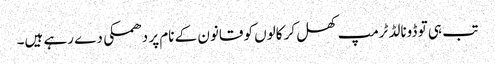
تب ہی تو ڈونالڈ ٹرمپ کھل کر کالوں کو قانون کے نام پر دھمکی دے رہے ہیں۔